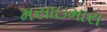
મસાઇમારા